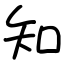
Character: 知